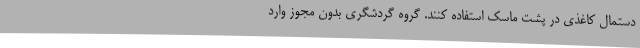
دستمال کاغذی در پشت ماسک استفاده کنند. گروه گردشگری بدون مجوز وارد